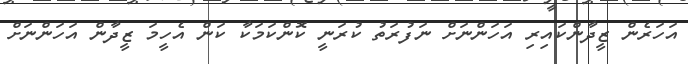
އަހަރެން ޒީދާންކައިރި އަހަންނަށް ނަފުރަތު ކުރަނީ ކޮންކަމަކާ ކަން އެހީމަ ޒީދާން އަހަންނަށް